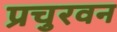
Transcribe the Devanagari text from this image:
प्रचुरवन